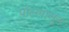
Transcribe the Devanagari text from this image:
पॉलपासून